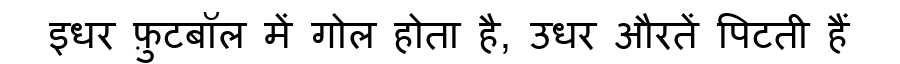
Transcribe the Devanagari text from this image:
इधर फ़ुटबॉल में गोल होता है, उधर औरतें पिटती हैं